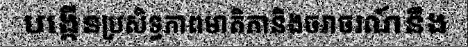
បង្កើនប្រសិទ្ធភាពមាតិកានិងចរាចរណ៍នឹង